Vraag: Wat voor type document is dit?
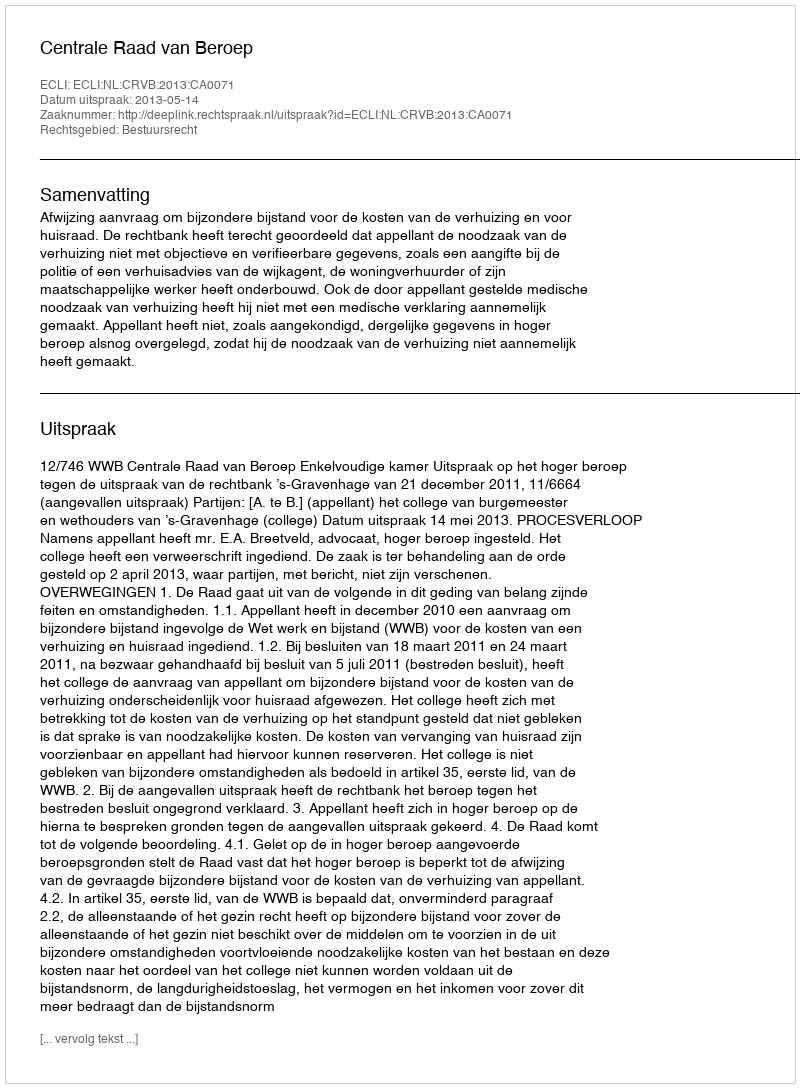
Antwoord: Uitspraak